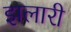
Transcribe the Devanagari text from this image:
झलारी